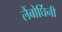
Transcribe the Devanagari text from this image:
लैंबोर्घिनी